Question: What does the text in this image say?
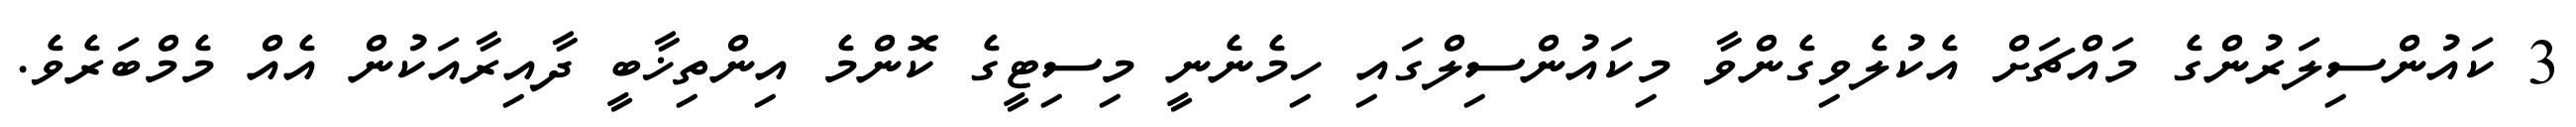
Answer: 3 ކައުންސިލަރުންގެ މައްޗަށް އެކުލެވިގެންވާ މިކައުންސިލްގައި ހިމެނެނީ މިސިޓީގެ ކޮންމެ އިންތިޚާބީ ދާއިރާއަކުން އެއް މެމްބަރެވެ.